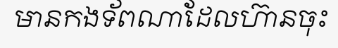
មានកងទ័ពណាដែលហ៊ានចុះ